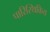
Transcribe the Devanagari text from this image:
पारिस्थिकिय